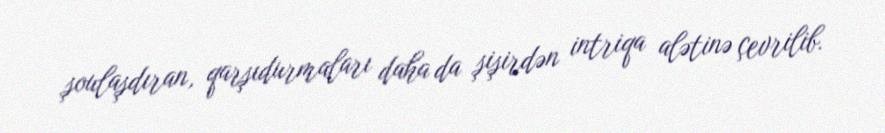
şoulaşdıran, qarşıdurmaları daha da şişirdən intriqa alətinə çevrilib.